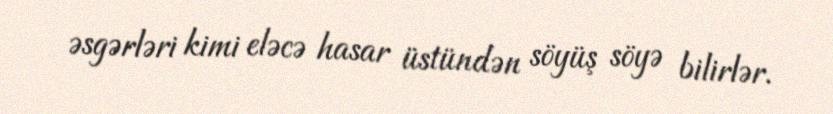
əsgərləri kimi eləcə hasar üstündən söyüş söyə bilirlər.